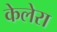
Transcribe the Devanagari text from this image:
केलेरा